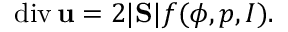
\mathrm { d i v } \, { \bf u } = 2 | \mathrm { \bf S } | f ( \phi , p , I ) .